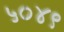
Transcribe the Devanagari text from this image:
५०४९